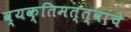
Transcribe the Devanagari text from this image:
व्यक्तिमत्त्वांचे